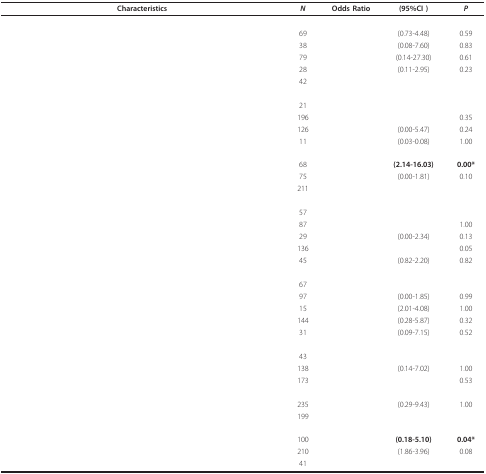
<table><thead><tr><td><b>Characteristics</b></td><td><b><i>N</i></b></td><td><b>Odds Ratio</b></td><td><b>(95%CI )</b></td><td><b><i>P</i></b></td></tr></thead><tbody><tr><td>[EMPTY_CELL]</td><td>[EMPTY_CELL]</td><td>[EMPTY_CELL]</td><td>[EMPTY_CELL]</td><td>[EMPTY_CELL]</td></tr><tr><td>[EMPTY_CELL]</td><td>69</td><td>[EMPTY_CELL]</td><td>(0.73-4.48)</td><td>0.59</td></tr><tr><td>[EMPTY_CELL]</td><td>38</td><td>[EMPTY_CELL]</td><td>(0.08-7.60)</td><td>0.83</td></tr><tr><td>[EMPTY_CELL]</td><td>79</td><td>[EMPTY_CELL]</td><td>(0.14-27.30)</td><td>0.61</td></tr><tr><td>[EMPTY_CELL]</td><td>28</td><td>[EMPTY_CELL]</td><td>(0.11-2.95)</td><td>0.23</td></tr><tr><td>[EMPTY_CELL]</td><td>42</td><td>[EMPTY_CELL]</td><td>[EMPTY_CELL]</td><td>[EMPTY_CELL]</td></tr><tr><td>[EMPTY_CELL]</td><td>[EMPTY_CELL]</td><td>[EMPTY_CELL]</td><td>[EMPTY_CELL]</td><td>[EMPTY_CELL]</td></tr><tr><td>[EMPTY_CELL]</td><td>21</td><td>[EMPTY_CELL]</td><td>[EMPTY_CELL]</td><td>[EMPTY_CELL]</td></tr><tr><td>[EMPTY_CELL]</td><td>196</td><td>[EMPTY_CELL]</td><td>[EMPTY_CELL]</td><td>0.35</td></tr><tr><td>[EMPTY_CELL]</td><td>126</td><td>[EMPTY_CELL]</td><td>(0.00-5.47)</td><td>0.24</td></tr><tr><td>[EMPTY_CELL]</td><td>11</td><td>[EMPTY_CELL]</td><td>(0.03-0.08)</td><td>1.00</td></tr><tr><td>[EMPTY_CELL]</td><td>[EMPTY_CELL]</td><td>[EMPTY_CELL]</td><td>[EMPTY_CELL]</td><td>[EMPTY_CELL]</td></tr><tr><td>[EMPTY_CELL]</td><td>68</td><td>[EMPTY_CELL]</td><td><b>(2.14-16.03)</b></td><td><b>0.00*</b></td></tr><tr><td>[EMPTY_CELL]</td><td>75</td><td>[EMPTY_CELL]</td><td>(0.00-1.81)</td><td>0.10</td></tr><tr><td>[EMPTY_CELL]</td><td>211</td><td>[EMPTY_CELL]</td><td>[EMPTY_CELL]</td><td>[EMPTY_CELL]</td></tr><tr><td>[EMPTY_CELL]</td><td>[EMPTY_CELL]</td><td>[EMPTY_CELL]</td><td>[EMPTY_CELL]</td><td>[EMPTY_CELL]</td></tr><tr><td>[EMPTY_CELL]</td><td>57</td><td>[EMPTY_CELL]</td><td>[EMPTY_CELL]</td><td>[EMPTY_CELL]</td></tr><tr><td>[EMPTY_CELL]</td><td>87</td><td>[EMPTY_CELL]</td><td>[EMPTY_CELL]</td><td>1.00</td></tr><tr><td>[EMPTY_CELL]</td><td>29</td><td>[EMPTY_CELL]</td><td>(0.00-2.34)</td><td>0.13</td></tr><tr><td>[EMPTY_CELL]</td><td>136</td><td>[EMPTY_CELL]</td><td>[EMPTY_CELL]</td><td>0.05</td></tr><tr><td>[EMPTY_CELL]</td><td>45</td><td>[EMPTY_CELL]</td><td>(0.82-2.20)</td><td>0.82</td></tr><tr><td>[EMPTY_CELL]</td><td>[EMPTY_CELL]</td><td>[EMPTY_CELL]</td><td>[EMPTY_CELL]</td><td>[EMPTY_CELL]</td></tr><tr><td>[EMPTY_CELL]</td><td>67</td><td>[EMPTY_CELL]</td><td>[EMPTY_CELL]</td><td>[EMPTY_CELL]</td></tr><tr><td>[EMPTY_CELL]</td><td>97</td><td>[EMPTY_CELL]</td><td>(0.00-1.85)</td><td>0.99</td></tr><tr><td>[EMPTY_CELL]</td><td>15</td><td>[EMPTY_CELL]</td><td>(2.01-4.08)</td><td>1.00</td></tr><tr><td>[EMPTY_CELL]</td><td>144</td><td>[EMPTY_CELL]</td><td>(0.28-5.87)</td><td>0.32</td></tr><tr><td>[EMPTY_CELL]</td><td>31</td><td>[EMPTY_CELL]</td><td>(0.09-7.15)</td><td>0.52</td></tr><tr><td>[EMPTY_CELL]</td><td>[EMPTY_CELL]</td><td>[EMPTY_CELL]</td><td>[EMPTY_CELL]</td><td>[EMPTY_CELL]</td></tr><tr><td>[EMPTY_CELL]</td><td>43</td><td>[EMPTY_CELL]</td><td>[EMPTY_CELL]</td><td>[EMPTY_CELL]</td></tr><tr><td>[EMPTY_CELL]</td><td>138</td><td>[EMPTY_CELL]</td><td>(0.14-7.02)</td><td>1.00</td></tr><tr><td>[EMPTY_CELL]</td><td>173</td><td>[EMPTY_CELL]</td><td>[EMPTY_CELL]</td><td>0.53</td></tr><tr><td>[EMPTY_CELL]</td><td>[EMPTY_CELL]</td><td>[EMPTY_CELL]</td><td>[EMPTY_CELL]</td><td>[EMPTY_CELL]</td></tr><tr><td>[EMPTY_CELL]</td><td>235</td><td>[EMPTY_CELL]</td><td>(0.29-9.43)</td><td>1.00</td></tr><tr><td>[EMPTY_CELL]</td><td>199</td><td>[EMPTY_CELL]</td><td>[EMPTY_CELL]</td><td>[EMPTY_CELL]</td></tr><tr><td>[EMPTY_CELL]</td><td>[EMPTY_CELL]</td><td>[EMPTY_CELL]</td><td>[EMPTY_CELL]</td><td>[EMPTY_CELL]</td></tr><tr><td>[EMPTY_CELL]</td><td>100</td><td>[EMPTY_CELL]</td><td><b>(0.18-5.10)</b></td><td><b>0.04*</b></td></tr><tr><td>[EMPTY_CELL]</td><td>210</td><td>[EMPTY_CELL]</td><td>(1.86-3.96)</td><td>0.08</td></tr><tr><td>[EMPTY_CELL]</td><td>41</td><td>[EMPTY_CELL]</td><td>[EMPTY_CELL]</td><td>[EMPTY_CELL]</td></tr></tbody></table>